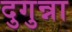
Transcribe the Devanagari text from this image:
दुगुन्ना